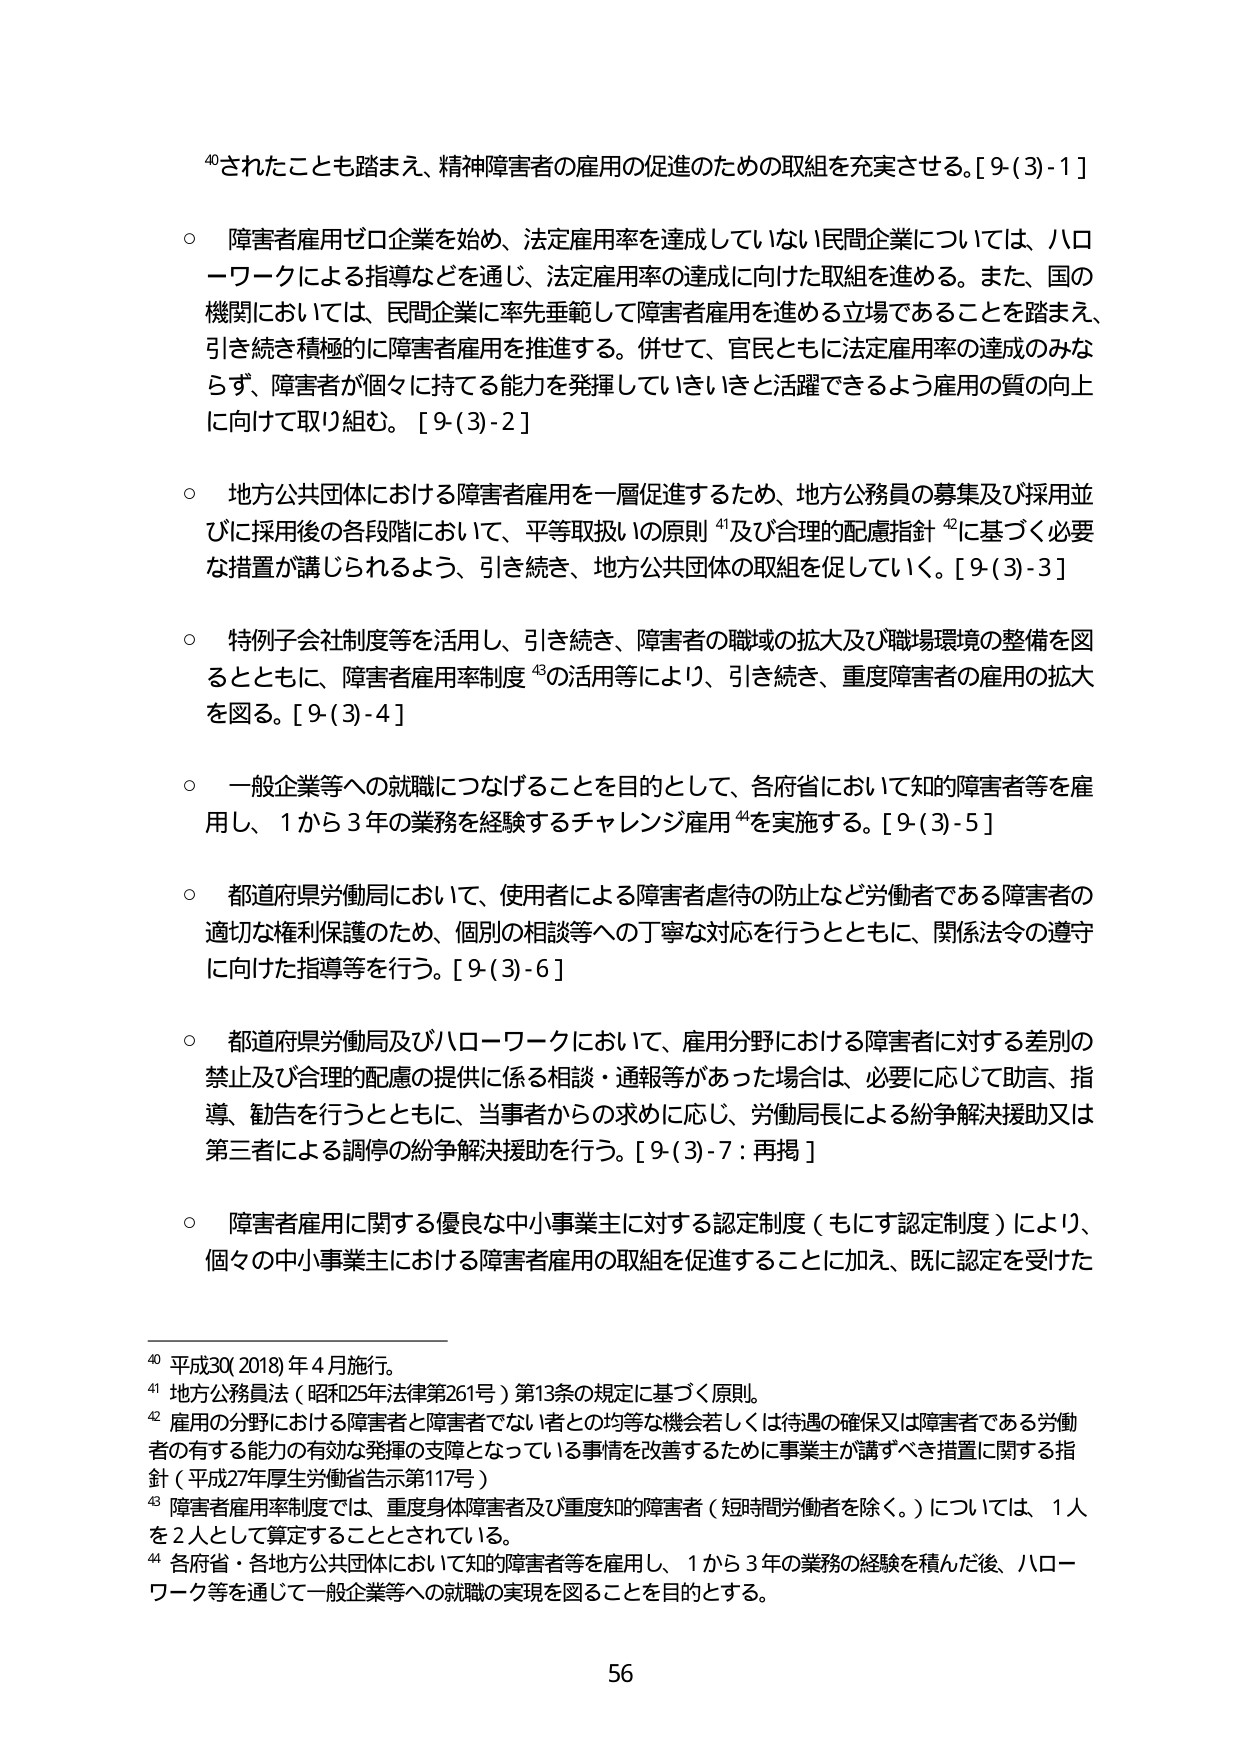
⁴⁰されたことも踏まえ、精神障害者の雇用の促進のための取組を充実させる。[9-(3)-1]

○ 障害者雇用ゼロ企業を始め、法定雇用率を達成していない民間企業については、ハローワークによる指導などを通じ、法定雇用率の達成に向けた取組を進める。また、国の機関においては、民間企業に率先垂範して障害者雇用を進める立場であることを踏まえ、引き続き積極的に障害者雇用を推進する。併せて、官民ともに法定雇用率の達成のみならず、障害者が個々に持てる能力を発揮していきいきと活躍できるよう雇用の質の向上に向けて取り組む。[9-(3)-2]

○ 地方公共団体における障害者雇用を一層促進するため、地方公務員の募集及び採用並びに採用後の各段階において、平等取扱いの原則⁴¹及び合理的配慮指針⁴²に基づく必要な措置が講じられるよう、引き続き、地方公共団体の取組を促していく。[9-(3)-3]

○ 特例子会社制度等を活用し、引き続き、障害者の職域の拡大及び職場環境の整備を図るとともに、障害者雇用率制度⁴³の活用等により、引き続き、重度障害者の雇用の拡大を図る。[9-(3)-4]

○ 一般企業等への就職につなげることを目的として、各府省において知的障害者等を雇用し、1から3年の業務を経験するチャレンジ雇用⁴⁴を実施する。[9-(3)-5]

○ 都道府県労働局において、使用者による障害者虐待の防止など労働者である障害者の適切な権利保護のため、個別の相談等への丁寧な対応を行うとともに、関係法令の遵守に向けた指導等を行う。[9-(3)-6]

○ 都道府県労働局及びハローワークにおいて、雇用分野における障害者に対する差別の禁止及び合理的配慮の提供に係る相談・通報等があった場合は、必要に応じて助言、指導、勧告を行うとともに、当事者からの求めに応じ、労働局長による紛争解決援助又は第三者による調停の紛争解決援助を行う。[9-(3)-7：再掲]

○ 障害者雇用に関する優良な中小事業主に対する認定制度（もにす認定制度）により、個々の中小事業主における障害者雇用の取組を促進することに加え、既に認定を受けた

⁴⁰ 平成30（2018）年4月施行。
⁴¹ 地方公務員法（昭和25年法律第261号）第13条の規定に基づく原則。
⁴² 雇用の分野における障害者と障害者でない者との均等な機会若しくは待遇の確保又は障害者である労働者の有する能力の有効な発揮の支援となっている事情を改善するために事業主が講ずべき措置に関する指針（平成27年厚生労働省告示第117号）
⁴³ 障害者雇用率制度では、重度身体障害者及び重度知的障害者（短時間労働者を除く。）については、1人を2人として算定することとされている。
⁴⁴ 各府省・各地方公共団体において知的障害者等を雇用し、1から3年の業務の経験を積んだ後、ハローワーク等を通じて一般企業等への就職の実現を図ることを目的とする。

56